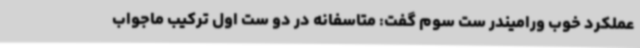
عملکرد خوب ورامیندر ست سوم گفت: متاسفانه در دو ست اول ترکیب ماجواب